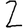
Digit: 2